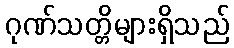
ဂုဏ်သတ္တိများရှိသည်